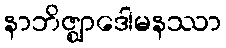
နာဘိဇ္ဈာဒေါမနဿာ